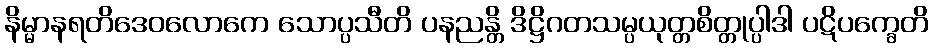
နိမ္မာနရတိဒေဝလောကေ သောပ္ပသီတိ ပနညန္တိ ဒိဋ္ဌိဂတသမ္ပယုတ္တစိတ္တုပ္ပါဒါ ပဋိပက္ခေတိ